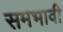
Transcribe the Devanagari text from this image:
समभावी